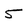
Character: 5